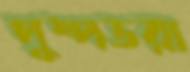
পুষ্পভরা